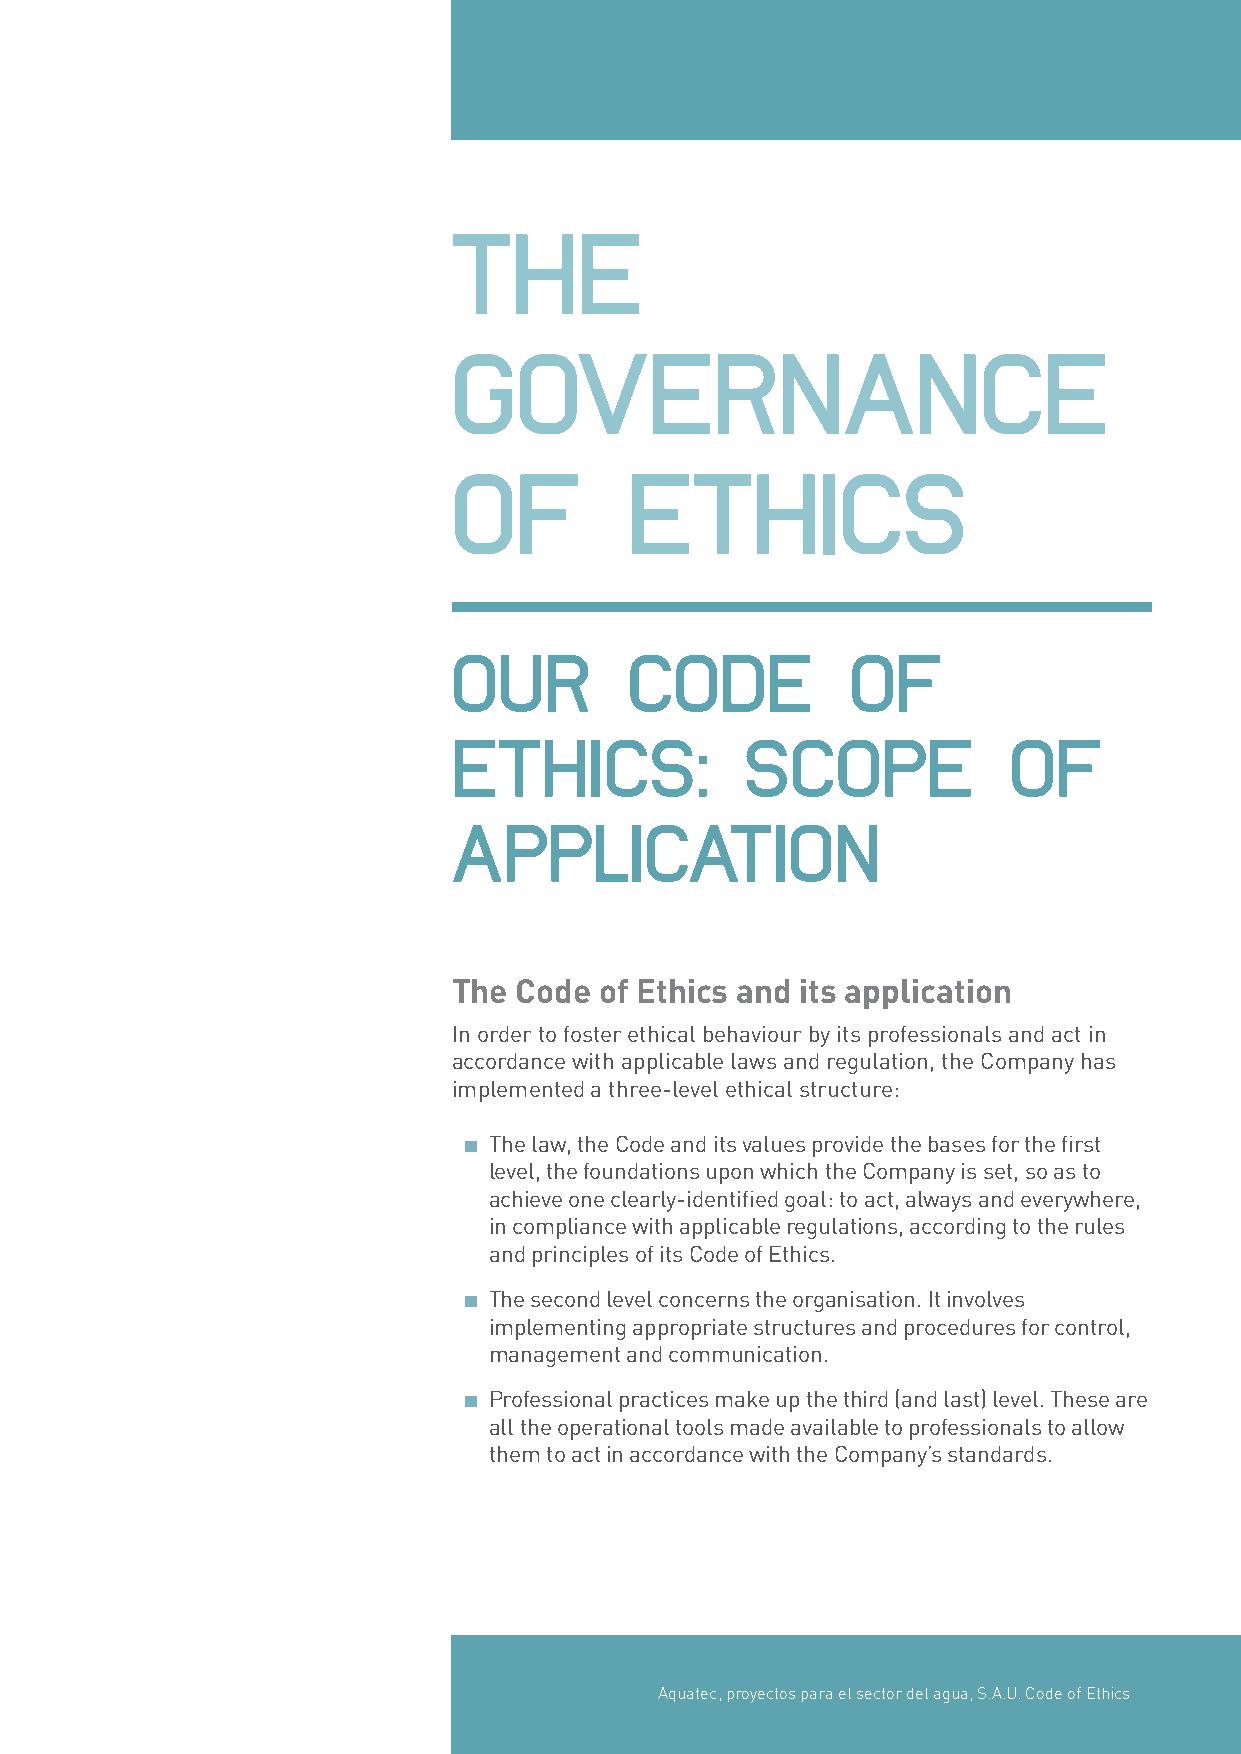
THE
 GOVERNANCE
 OF          ETHICS
 OUR         CODE          OF
 ETHICS:            SCOPE             OF
 APPLICATION
 The Code  of Ethics and its application
 In order to foster ethical behaviour by its professionals and act in
 accordance with applicable laws and regulation, the Company has
 implemented a three-level ethical structure:
 ▪ The law, the Code and its values provide the bases for the first
 level, the foundations upon which the Company is set, so as to
 achieve one clearly-identified goal: to act, always and everywhere,
 in compliance with applicable regulations, according to the rules
 and principles of its Code of Ethics.
 ▪ The second level concerns the organisation. It involves
 implementing appropriate structures and procedures for control,
 management and communication.
 ▪ Professional practices make up the third (and last) level. These are
 all the operational tools made available to professionals to allow
 them to act in accordance with the Company’s standards.
 Aquatec, proyectos para el sector del agua, S.A.U. Code of Ethics